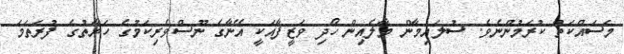
މަސައްކަތް ކުރަމުންނެވެ. ސުލައިމާން މާލެއިން ހޯދި ވަޒީފާއަކީ އޭނާގެ ނޫސްވެރިކަމުގެ ހަޔާތުގެ ފުރަތަމަ